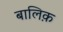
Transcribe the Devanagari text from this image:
बालिक़